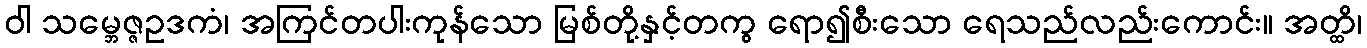
ဝါ သမ္ဘေဇ္ဇဥဒကံ၊ အကြင်တပါးကုန်သော မြစ်တို့နှင့်တကွ ရော၍စီးသော ရေသည်လည်းကောင်း။ အတ္ထိ၊